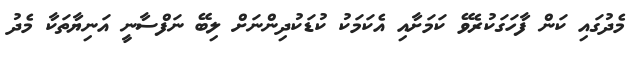
މެދުގައި ކަން ފާހަގަކުރެވޭ ކަމަށާއި އެކަމަކު ކުޑަކުދިންނަށް ލިބޭ ނަފްސާނީ އަނިޔާތަކާ މެދު